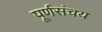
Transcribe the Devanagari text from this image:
पूर्णसंचय